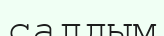
салдым